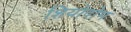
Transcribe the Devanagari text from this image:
शियोदोम